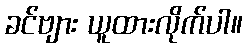
ခင်ဗျား ယူထားလိုက်ပါ။